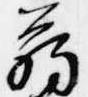
臈